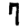
Digit: 7